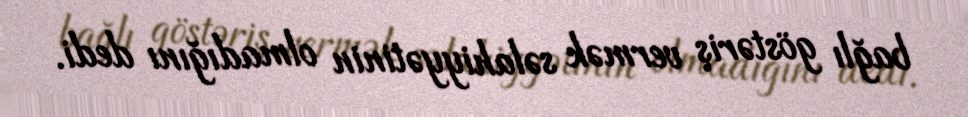
bağlı göstəriş vermək səlahiyyətinin olmadığını dedi.